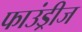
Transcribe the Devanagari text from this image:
फाउंड्रीज